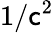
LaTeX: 1/\mathsf{c}^{2}